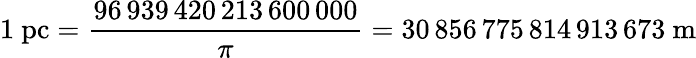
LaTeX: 1{\mathrm{~pc}}={\frac{96\, 939\, 420\, 213\, 600\, 000}{\pi}}=30\, 856\, 775\, 814\, 913\, 673{\mathrm{~m}}